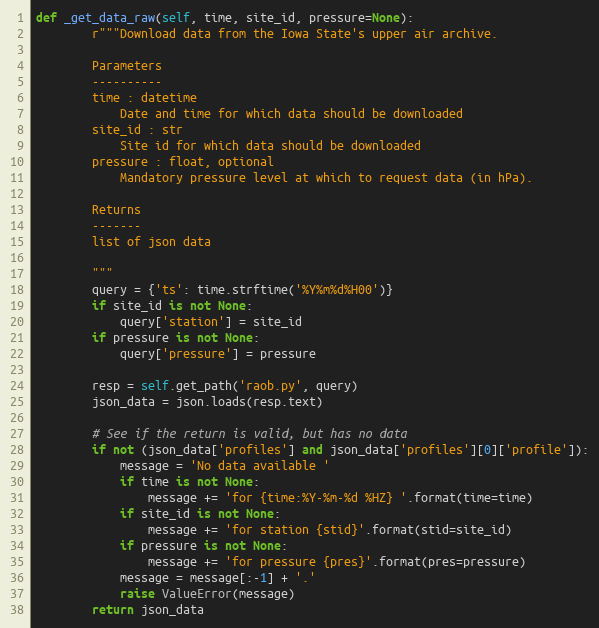
Language: Python
def _get_data_raw(self, time, site_id, pressure=None):
        r"""Download data from the Iowa State's upper air archive.

        Parameters
        ----------
        time : datetime
            Date and time for which data should be downloaded
        site_id : str
            Site id for which data should be downloaded
        pressure : float, optional
            Mandatory pressure level at which to request data (in hPa).

        Returns
        -------
        list of json data

        """
        query = {'ts': time.strftime('%Y%m%d%H00')}
        if site_id is not None:
            query['station'] = site_id
        if pressure is not None:
            query['pressure'] = pressure

        resp = self.get_path('raob.py', query)
        json_data = json.loads(resp.text)

        # See if the return is valid, but has no data
        if not (json_data['profiles'] and json_data['profiles'][0]['profile']):
            message = 'No data available '
            if time is not None:
                message += 'for {time:%Y-%m-%d %HZ} '.format(time=time)
            if site_id is not None:
                message += 'for station {stid}'.format(stid=site_id)
            if pressure is not None:
                message += 'for pressure {pres}'.format(pres=pressure)
            message = message[:-1] + '.'
            raise ValueError(message)
        return json_data